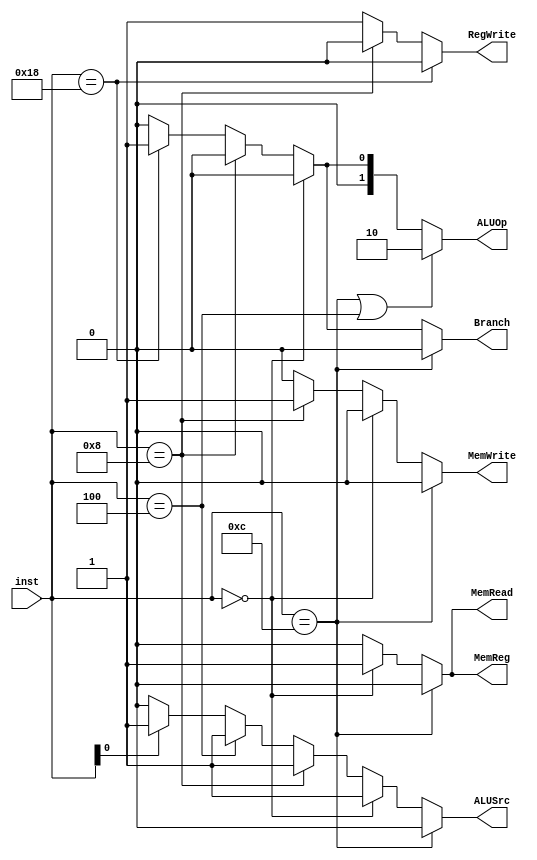
`timescale 1ns / 1ps
/*******************************************************************
*
* Module: ControlUnit.v
* Project: RISC-V CPU
* Description: The control unit
* Change history:
* 2/7/19 - We edited the Module
**********************************************************************/
module ControlUnit(input [4:0] inst, output Branch,output MemRead, output MemReg, output [1:0] ALUOp,output MemWrite,output ALUSrc,output RegWrite);
assign Branch = (inst==12)? 0:(inst==0)?0:(inst==8)?0:(inst==24)?1:0;
assign MemRead = (inst==12)? 0:(inst==0)?1:(inst==8)?0:0;
assign MemReg = (inst==12)? 0:(inst==0)?1:(inst==8)?0:0;
assign ALUOp = (inst==12 | inst==4)? 2:(inst==0)?0:(inst==8)?0:(inst==24)?1:0;
assign MemWrite = (inst==12)? 0:(inst==0)?0:(inst==8)?1:0;
assign ALUSrc = (inst==12)? 0:(inst==0)?1:(inst==8)?1:(inst==4)?1:(inst[0]==1)?1:0;
assign RegWrite = (inst==24)?0:(inst==8)?0:1;
endmodule